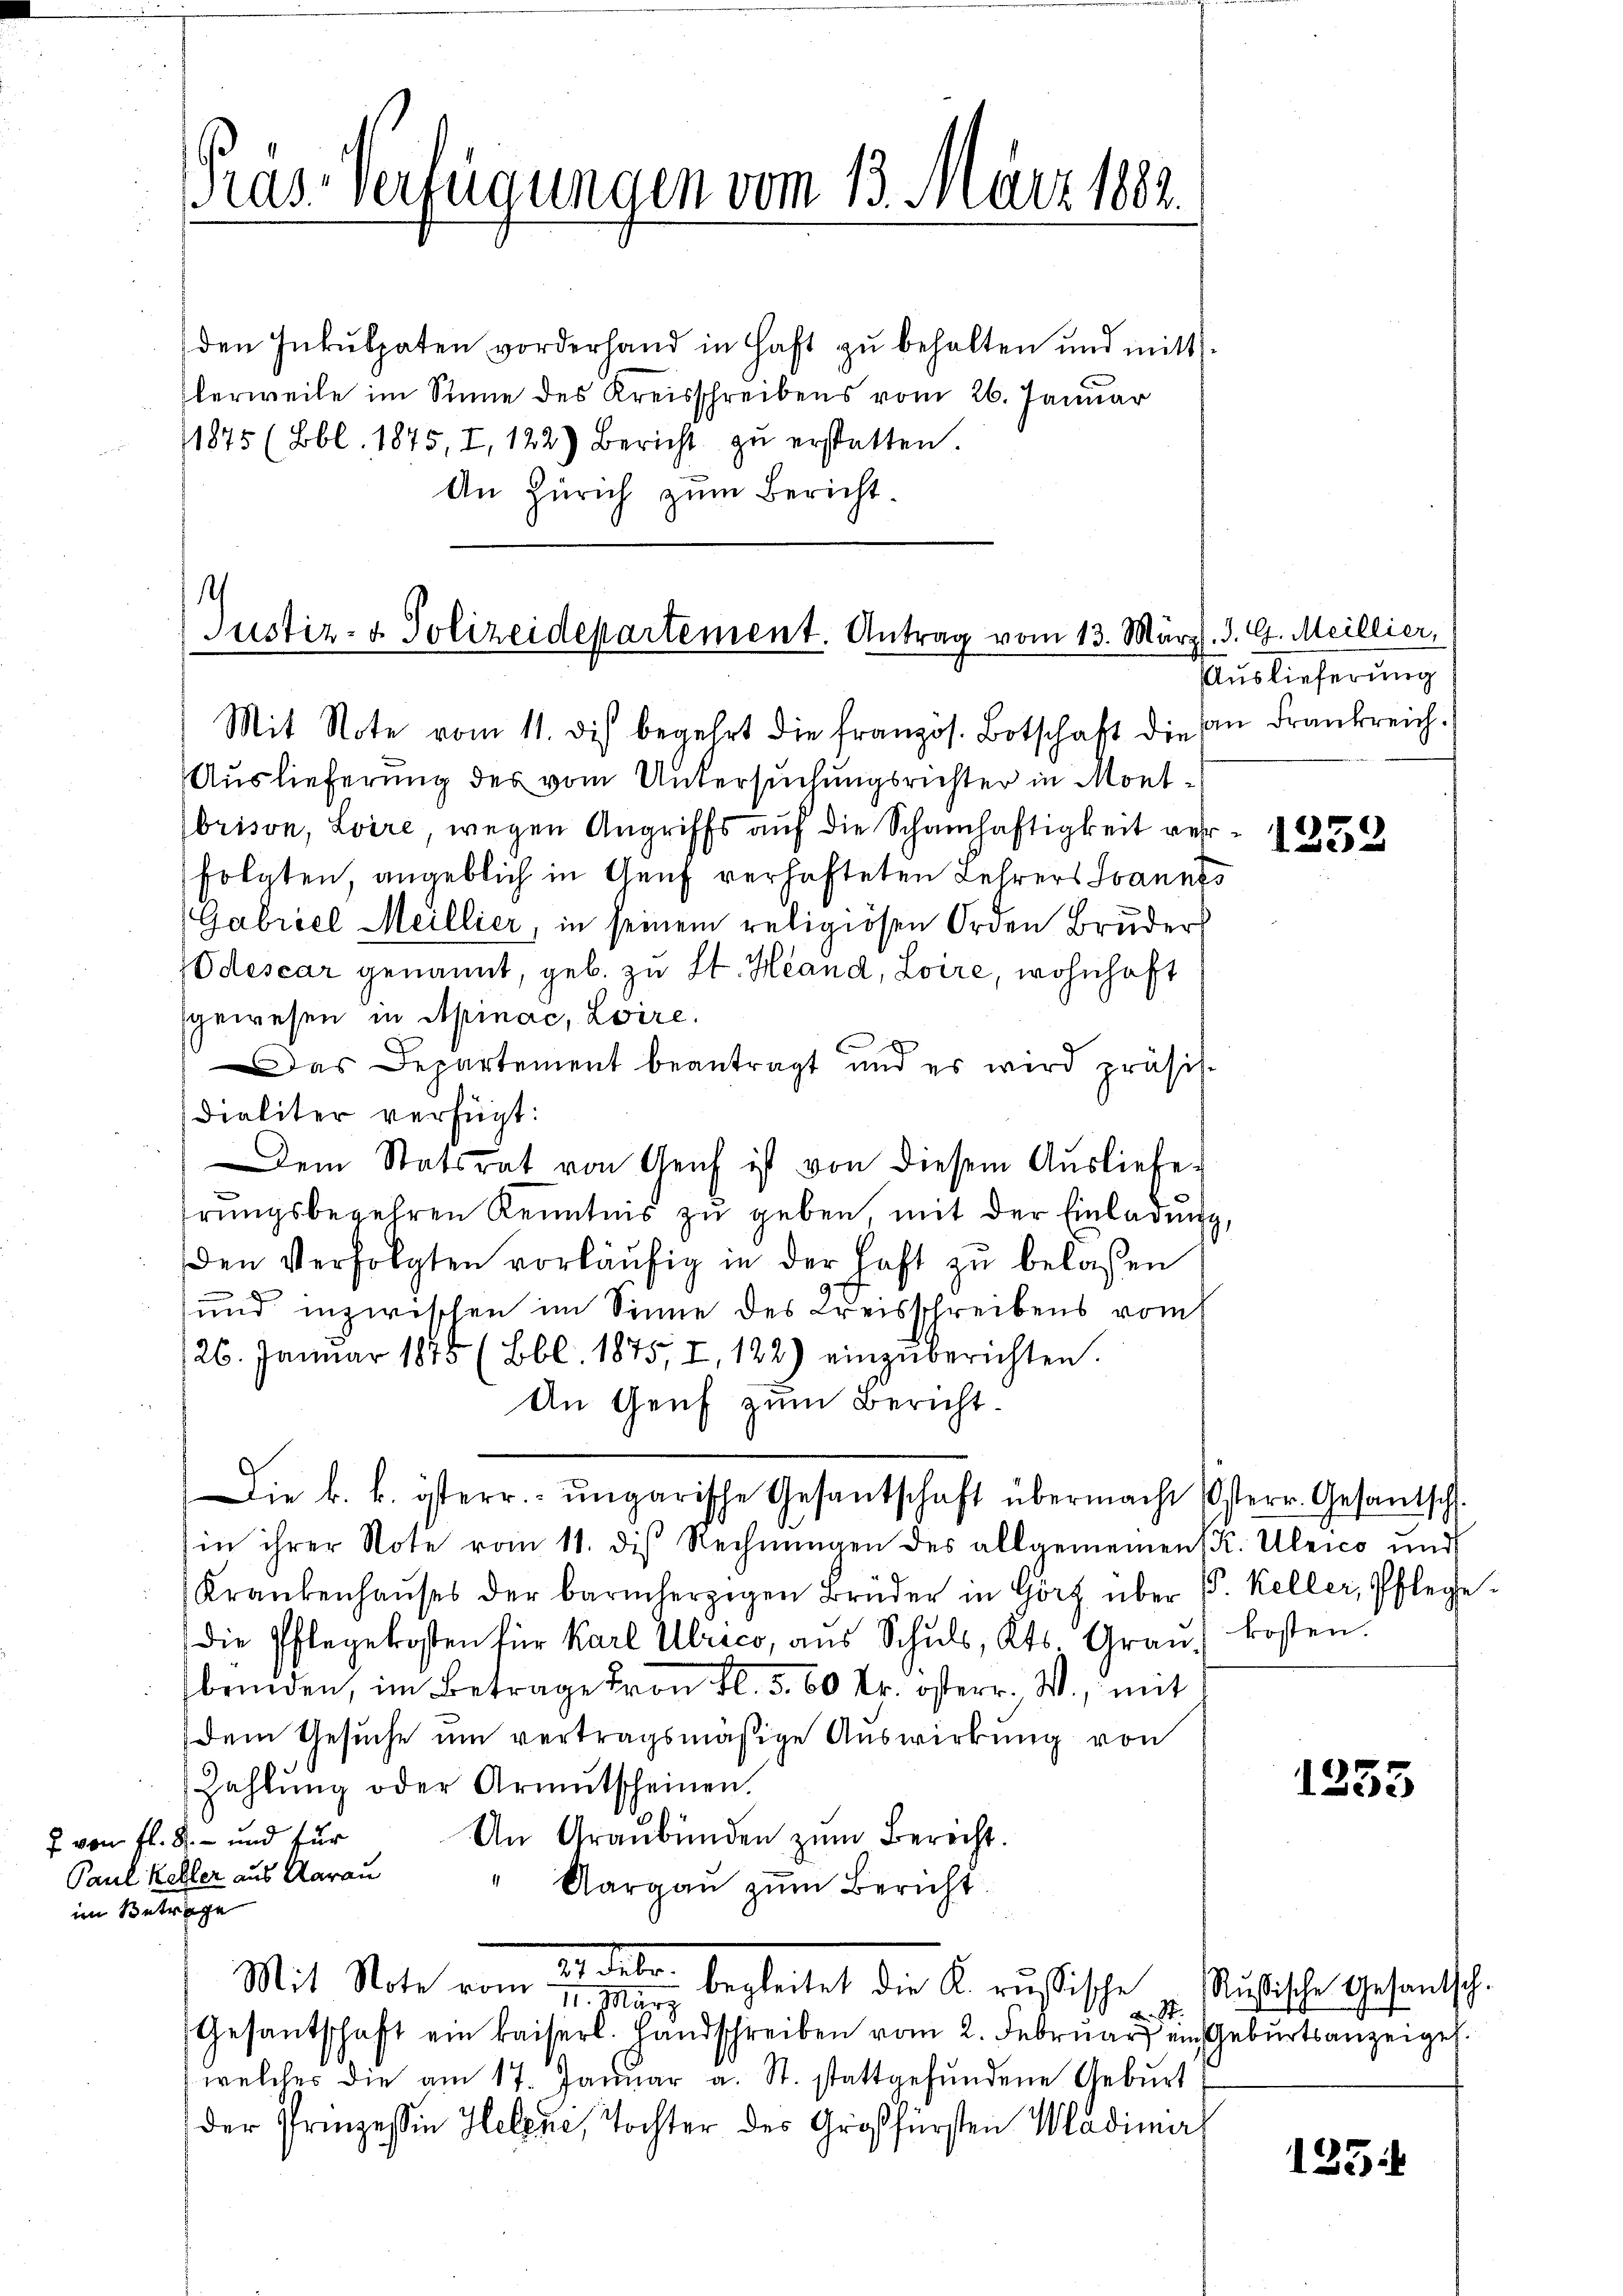
Pras-Verfügungen vom 13. März 1882

den Inkulpaten vorderhand in Haft zu behalten und mitt
lerweile im Sinne des Kreisschreibens vom 26. Januar
11875 (Bbl. 1875, I, 122) Bericht zŭ erstatten.
An Zürich zum Bericht.

Justiz- u. Polizeidepartement. Antrag vom 13. März. d. G. Meillier,

Mit Note vom 11. dis begehrt die französ. Botschaft die an Frankreich.
Auslieferung des vom Untersuchungsrichter in Montbrison, Loire, wegen Angriffs auf die Schamhaftigkeit verfolgten, angeblich in Genf verhafteten Lehrers Ivannes
Gabriel Meillier, in seinem religiösen Orden Bruder
10 descar genannt, geb. zu St. Hand, Loire, wohnhaft
gewesen in Apinac, Loire.
Das Departement beantragt und es wird präsi-
dialiter verfügt:
Dem Statsrat von Geif ist von diesem Ausliebe
hrŭngsbegehren Kenntnis zŭ geben, mit der Einladŭng,
den Verfolgten vorläŭfig in der haft zu belassen
und inzwischen im Sinne des Kreisschreibens vom
26. Januar 1875 (Bbl. 1875, I, 122) einzŭberichten.
An Genf zum Bericht¬
Die k. k. österr. ungarische Gesantschaft übermacht Usterr. Gesantsch.
in ihrer Note vom 11. des Rechnŭngen des allgemeinen K. Ulrico und
Krankenhaŭses der barmherzigen Brüder in Görz über 1. Keller, Pflege-
die Pflegekosten für Karl Ulrico, ans Schŭls, Kts. Graŭ) kosten.
brinden, im Betrage von fl. 5. 60 Rp. österr. W., mit
dem Gesuche um vertragsmäßige Auswirkung von
Zahlŭng oder Armutscheinen.
An Graubünden zŭm Berecht.
f von fl. 8. und für
Paul Keller aus Aarau
Aargau zum Bericht
im Betrage
Mit Note vom 22. Febr. begleitet die K. russische Rußische Gesantsch¬
II. März
d. St.
Gesantschaft ein kaiserl. Handschreiben vom 2. Februar ein Geburtsanzeigel.
welches die am 17. Januar a. St. stattgefundene Geburt
der Prinzessin Helene, Tochter des Großfürsten Wladimir

Auslieferung

1252

1253

1251